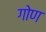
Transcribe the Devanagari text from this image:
गोण